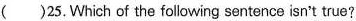
( )25. Which of the following sentence isn't true?